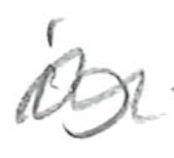
Text: is
Cross-out: wave
Writing tool: pencil